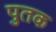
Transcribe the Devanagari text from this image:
पुतक